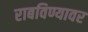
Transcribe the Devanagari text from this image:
राबविण्यावर